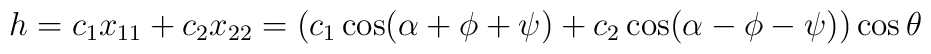
h=c_{1}x_{11}+c_{2}x_{22}= (c_{1} \cos (\alpha +\phi + \psi) + c_{2} \cos (\alpha -\phi - \psi) )\cos \theta